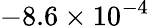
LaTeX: -8.6\times 10^{-4}